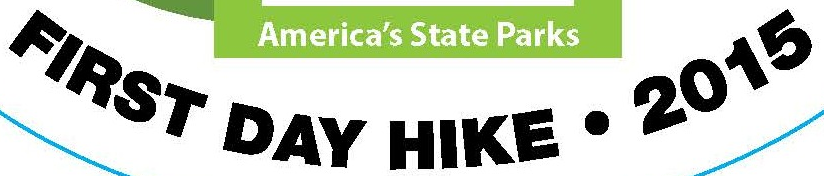
FIRST DAR HIKE . 2015